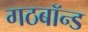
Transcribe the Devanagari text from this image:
गठबॉन्ड